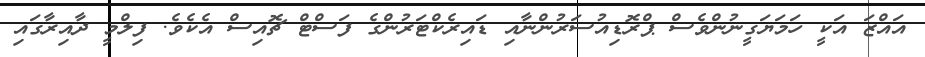
އައްޒަ އަކީ ހަމަޔަގީނުންވެސް ޕްރޮޑިއުސަރުންނާއި ޑައިރެކްޓަރުންގެ ފަސްޓް ޗޮއިސް އެކެވެ. ފިލްމީ ދާއިރާގައި